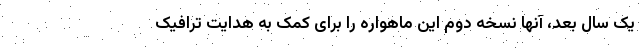
یک سال بعد، آنها نسخه دوم این ماهواره را برای کمک به هدایت ترافیک